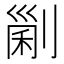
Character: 𠞜